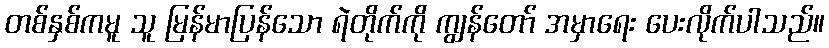
တစ်နှစ်ကမူ သူ မြန်မာပြန်သော ရဲတိုက်ကို ကျွန်တော် အမှာရေး ပေးလိုက်ပါသည်။